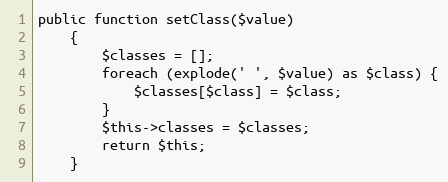
Language: PHP
public function setClass($value)
    {
        $classes = [];
        foreach (explode(' ', $value) as $class) {
            $classes[$class] = $class;
        }
        $this->classes = $classes;
        return $this;
    }